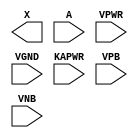
/**
 * Copyright 2020 The SkyWater PDK Authors
 *
 * Licensed under the Apache License, Version 2.0 (the "License");
 * you may not use this file except in compliance with the License.
 * You may obtain a copy of the License at
 *
 *     https://www.apache.org/licenses/LICENSE-2.0
 *
 * Unless required by applicable law or agreed to in writing, software
 * distributed under the License is distributed on an "AS IS" BASIS,
 * WITHOUT WARRANTIES OR CONDITIONS OF ANY KIND, either express or implied.
 * See the License for the specific language governing permissions and
 * limitations under the License.
 *
 * SPDX-License-Identifier: Apache-2.0
 */

`ifndef SKY130_FD_SC_LP__DLYBUF4S15KAPWR_PP_BLACKBOX_V
`define SKY130_FD_SC_LP__DLYBUF4S15KAPWR_PP_BLACKBOX_V

/**
 * dlybuf4s15kapwr: Delay Buffer 4-stage 0.15um length inner stage
 *                  gates on keep-alive power rail.
 *
 * Verilog stub definition (black box with power pins).
 *
 * WARNING: This file is autogenerated, do not modify directly!
 */

`timescale 1ns / 1ps
`default_nettype none

(* blackbox *)
module sky130_fd_sc_lp__dlybuf4s15kapwr (
    X    ,
    A    ,
    VPWR ,
    VGND ,
    KAPWR,
    VPB  ,
    VNB
);

    output X    ;
    input  A    ;
    input  VPWR ;
    input  VGND ;
    input  KAPWR;
    input  VPB  ;
    input  VNB  ;
endmodule

`default_nettype wire
`endif  // SKY130_FD_SC_LP__DLYBUF4S15KAPWR_PP_BLACKBOX_V